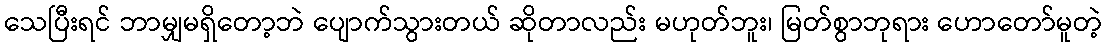
သေပြီးရင် ဘာမျှမရှိတော့ဘဲ ပျောက်သွားတယ် ဆိုတာလည်း မဟုတ်ဘူး၊ မြတ်စွာဘုရား ဟောတော်မူတဲ့